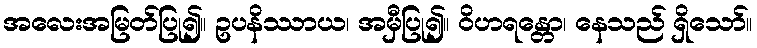
အလေးအမြတ်ပြု၍။ ဥပနိဿာယ၊ အမှီပြု၍။ ဝိဟရန္တော၊ နေသည် ရှိသော်။